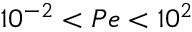
1 0 ^ { - 2 } < P e < 1 0 ^ { 2 }